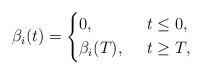
LaTeX: \begin{align*}\beta_i(t)=\left\{\begin{aligned}&0, \ && \ t\leq 0,\\&\beta_i(T), \ && \ t\geq T,\end{aligned}\right.\end{align*}